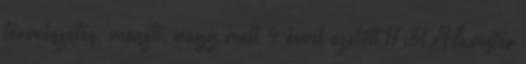
természetes, maszti, nagy mell 4 évvel ezelőtt 17:51 xHamster